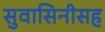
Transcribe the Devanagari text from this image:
सुवासिनीसह